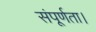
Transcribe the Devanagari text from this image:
संपूर्णता।